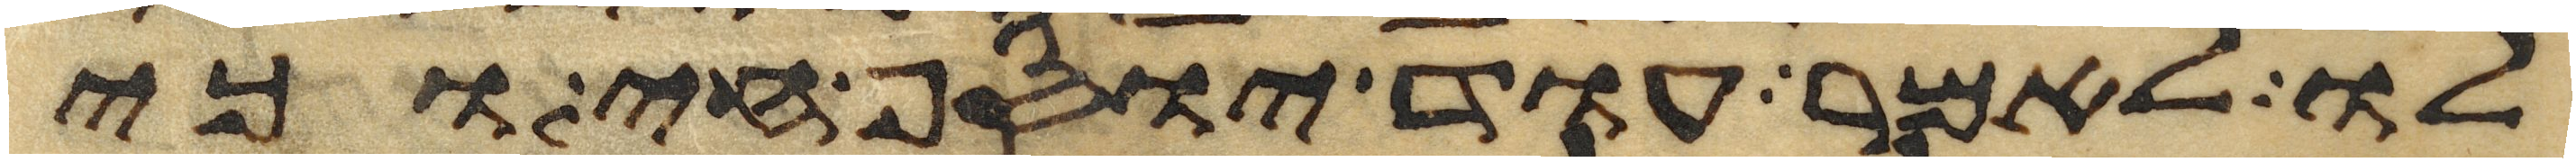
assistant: לו לאמר עוד יוסף חי וכי